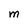
Character: M